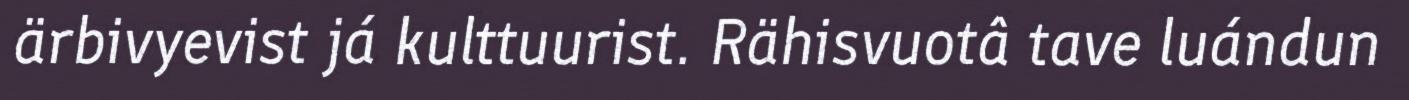
ärbivyevist já kulttuurist. Rähisvuotâ tave luándun